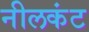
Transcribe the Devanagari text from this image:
नीलकंट